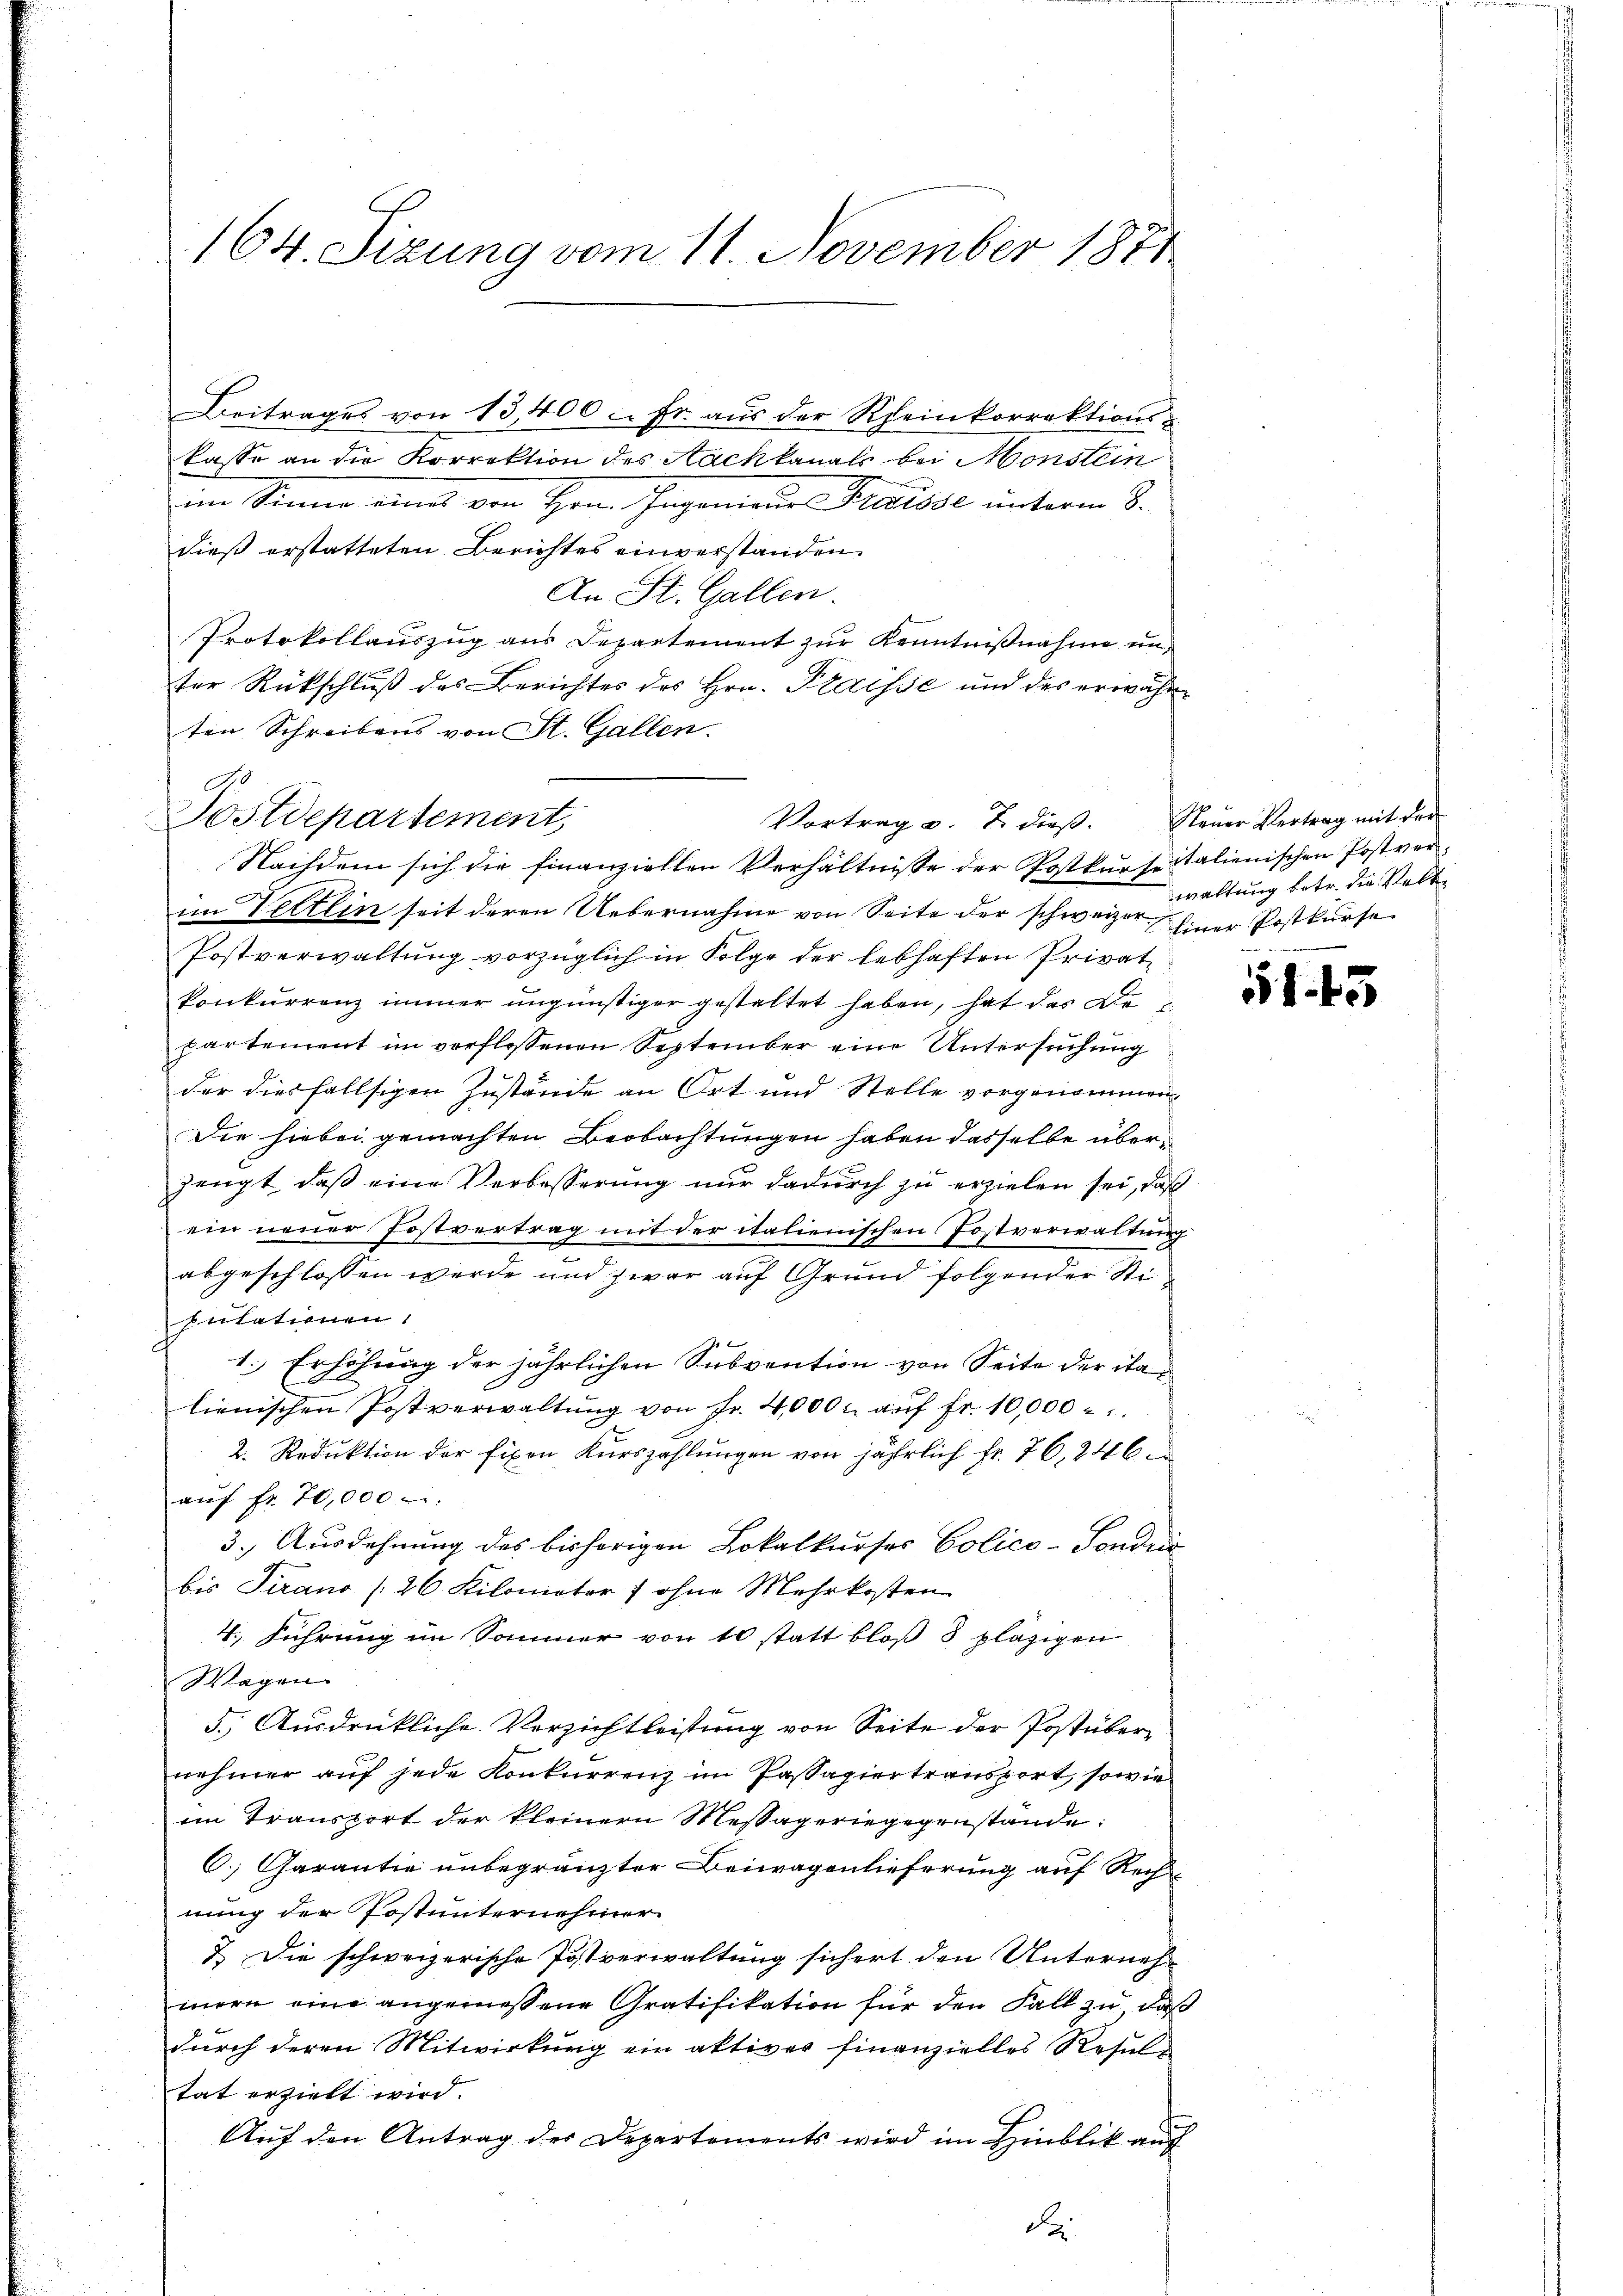
164. Sizung vom 11. November 1881

Beitrages von 13,400 - Fr. aus der Rheinkorrektions-
kasse an die Korrektion des Nachkanals bei Monstein
im Sinne eint von Hrn. Ingenieur Kreise unterm 8.
dieß erstatteten Berichtes einverstanden
An St. Gallen.
Protokollauszug aus Departement zŭr Kenntnißnahme un
ter Rückschluß des Berichtes des Hrn. Plaisse und des erwähnten Schreibens von St. Gallen.
Postdepartement
Nachdem sich die finanziellen Verhältnisse der Postkurspitalienischen Postverim Vettlin seit deren Uebernahme von Seite der schweizer¬
Postverwaltung vorzüglich in Folge der lebhaften Privat
konkurrenz immer ungünstiger gestaltet haben, hat das De
partement im vorflossenen September eine Untersuchung
der diesfallsigen Zustände an Ort und Stelle vorgenommen
Die hiebei gemachten Beobachtungen haben dasselbe überzeugt, daß eine Verbesserung nur dadurch zu erzielen sei, daß
ein neuer Postvertrag mit der italienischen Postverwaltung
abgeschlossen werde und zwar auf Grund folgender Stiputationen
1. Erhöhung der jährlichen Subvention von Seite der italienischen Postverwaltŭng von Fr. 4,000 u. aŭf fr. 10,000
2. Reduktion der fixen Kurszahlungen von jährlich fr. 76, 246
aŭf fr. 70,000
3.) Ausdehnung des bisherigen Lokalkurses Polico-Pondui
bis Tirano (26 Kilometer 7 ohne Mehrkosten
4. Führung im Sommer von 10 statt bloß 8 plazigen
Wagen.
5.) Ausdrükliche Verzichtleistung von Seite der Postübernehmer auf jede Konkurrenz im Passagiertransport, sowie
im Transport der kleinern Messägeringegenstände
C. Garantie unbegränzter Beiwagenlieferung auf Rech-
nung der Postunternehmer
7.) Die schweizerische Postverwaltung sichert den Unternehmern eine angemessene Gratifikation für den Fall zu daß
durch deren Mitwirkung ein aktives finanzielles Resul
tat erzielt wird.
Auf den Antrag der Departements wird im Hinblik auf
de

Vortrag u. 2 dieß. Steuer Vertrag mit der

waltung betr. die Velt¬
Einer Postkurse

51. 45